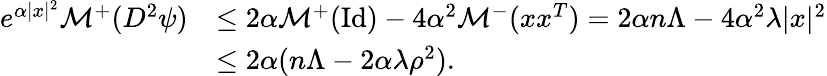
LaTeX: \begin{array}{rl}{e^{\alpha|x|^{2}}\mathcal{M}^{+}(D^{2}\psi)}&{\leq 2\alpha\mathcal{M}^{+}(\mathrm{Id})-4\alpha^{2}\mathcal{M}^{-}(xx^{T})=2\alpha n\Lambda-4\alpha^{2}\lambda|x|^{2}}\\ &{\leq 2\alpha(n\Lambda-2\alpha\lambda\rho^{2}).}\end{array}